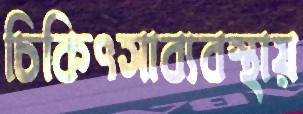
চিকিৎসাব্যবস্থায়